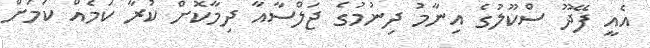
އެއީ ފޭދޫ ސްކޫލުގެ އިނާމު ދިނުމުގެ ޖަލްސާއާ ދިމާކޮށް ކުރާ ކަމެއް ކަމަށް